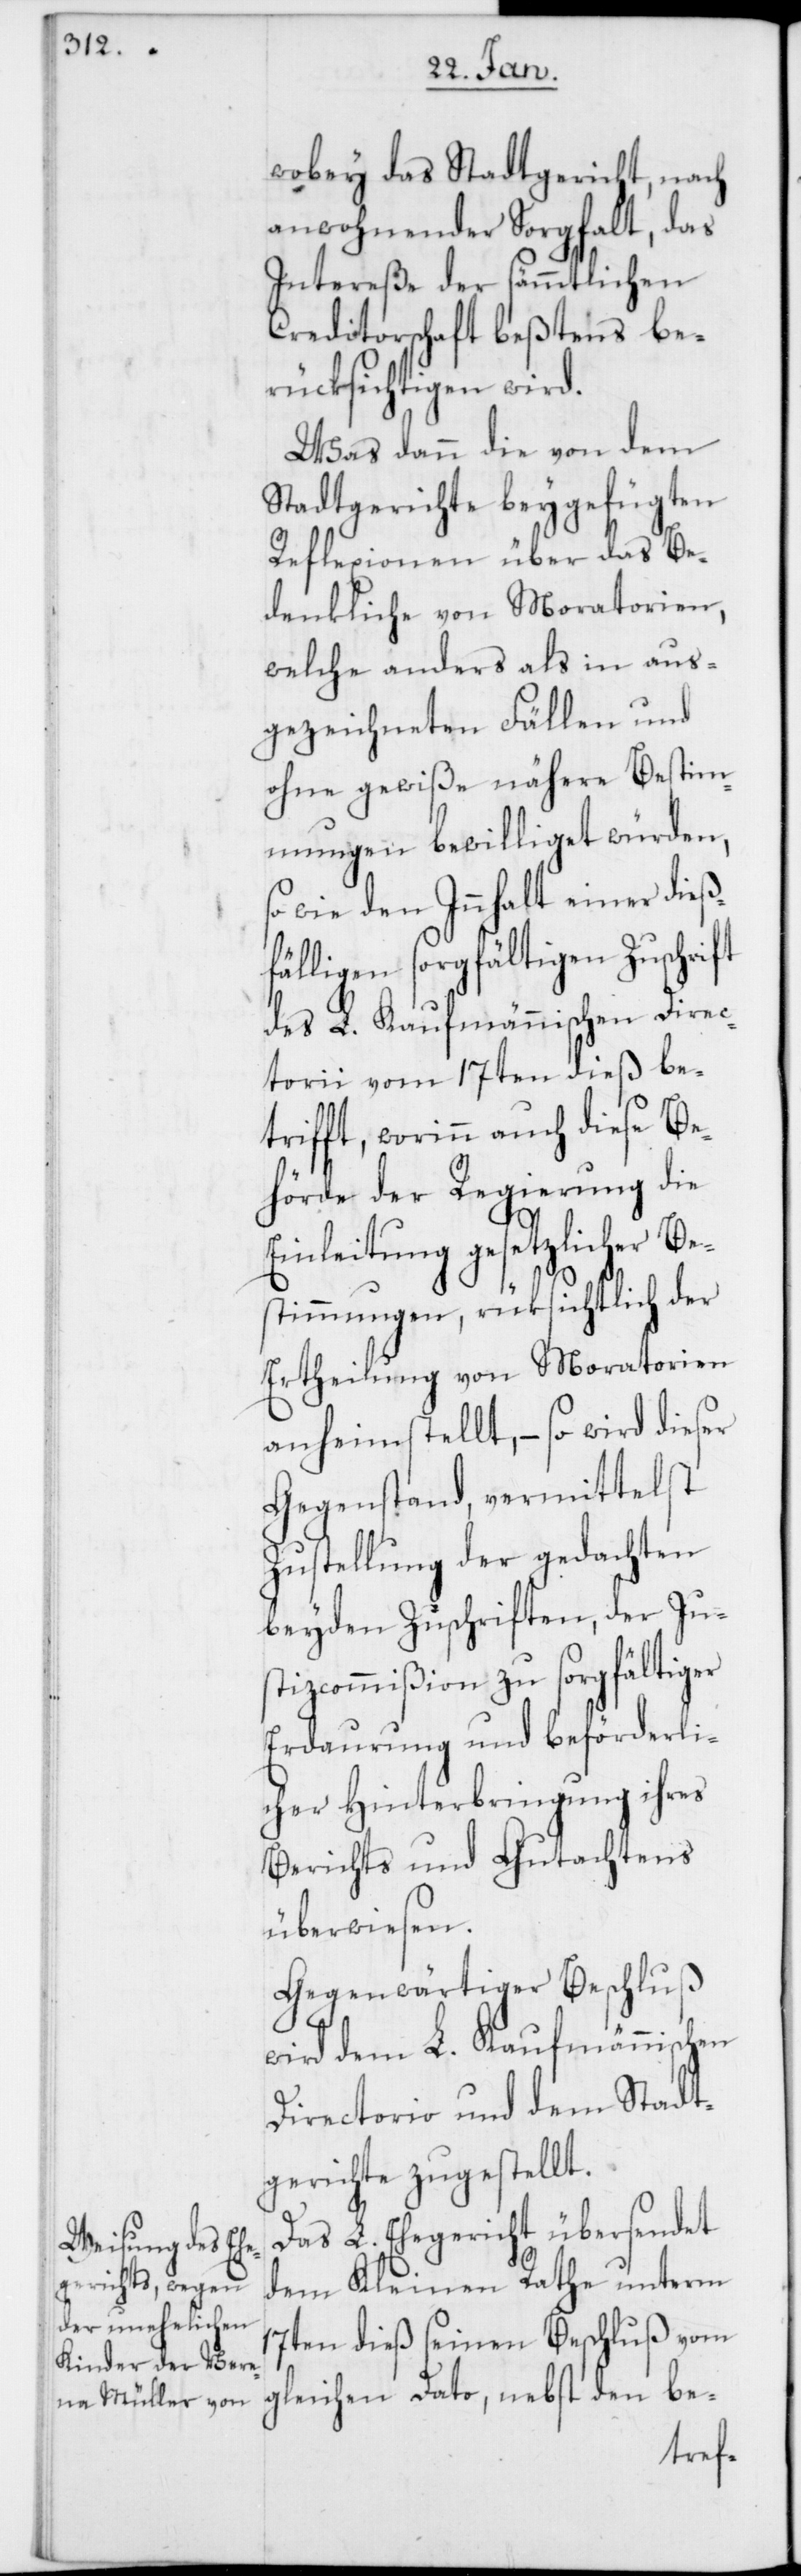
wobey das Stadtgericht, nach
anwohnender Sorgfalt, das
Intereße der sämmtlichen
Creditorschaft bestens be¬
rücksichtigen wird.
Was dann die von dem
Stadtgerichte beygefügten
Reflexionen über das Be¬
denkliche von Moratorien,
welche anders als in aus¬
gezeichneten Fällen und
ohne gewiße nähere Bestim¬
mungen bewilliget würden,
so wie den Innhalt einer dieß¬
fälligen sorgfältigen Zuschrift
des L. kaufmännischen Direc¬
torii vom 17ten dieß be¬
trifft, worinn auch diese Be¬
hörde der Regierung die
Einleitung gesetzlicher Be¬
stimmungen, rüksichtlich der
Ertheilung von Moratorien
anheimstellt, – so wird dieser
Gegenstand, vermittelst
Zustellung der gedachten
beyden Zuschriften, der Ju¬
stizcommißion zu sorgfältiger
Erdaurung und beförderli¬
cher Hinterbringung ihres
Berichts und Gutachtens
überwiesen.
Gegenwärtiger Beschluß
wird dem L. kaufmännischen
Directorio und dem Stadt¬
gerichte zugestellt.
Das L. Ehegericht übersendet
dem Kleinen Rathe unterm
17ten dieß seinen Beschluß vom